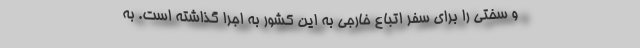
و سختی را برای سفر اتباع خارجی به این کشور به اجرا گذاشته است. به